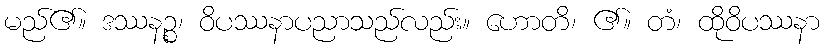
မည်၏။ ဒဿနဉ္စ၊ ဝိပဿနာပညာသည်လည်း။ ဟောတိ၊ ၏။ တံ၊ ထိုဝိပဿနာ